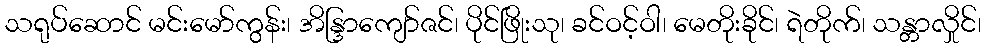
သရုပ်ဆောင် မင်းမော်ကွန်း၊ အိန္ဒြာကျော်ဇင်၊ ပိုင်ဖြိုးသု၊ ခင်ဝင့်ဝါ၊ မေတိုးခိုင်၊ ရဲတိုက်၊ သန္တာလှိုင်၊